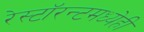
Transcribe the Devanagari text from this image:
रेस्टॉरन्टमध्येही